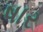
ષાર